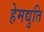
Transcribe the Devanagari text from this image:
हेमद्युति